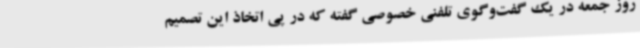
روز جمعه در یک گفت‌وگوی تلفنی خصوصی گفته که در پی اتخاذ این تصمیم